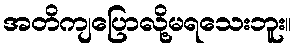
အတိကျပြောလို့မရသေးဘူး။